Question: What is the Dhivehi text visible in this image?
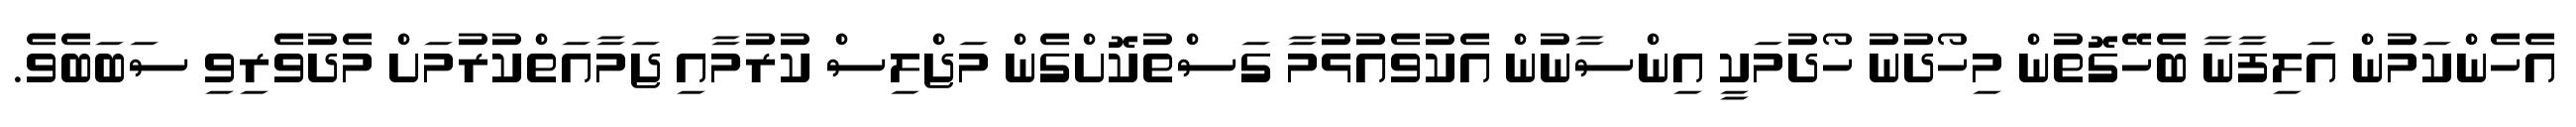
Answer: އެހެންކަމުން އަލިފާނާ ބެހޭގޮތުން މިހޯދުނު ހޯދުމަކީ އިންސާނުން އެކުވެއުޅުމާ ގަސްތުކޮށްގެން މަޖްލިސް ކުރުމާއި ޖަމާއަތްކުރުމަށް މެދުވެރިވި ސަބަބެވެ.